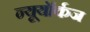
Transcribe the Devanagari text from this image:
न्यूयॉर्कज